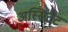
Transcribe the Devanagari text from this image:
अस्सिटैंट